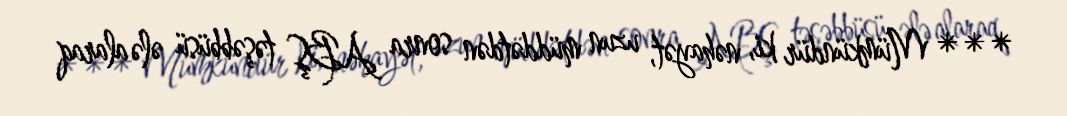
*** Mümkündür ki, nəhayət, uzun müddətdən sonra ABŞ təşəbbüsü ələ alaraq